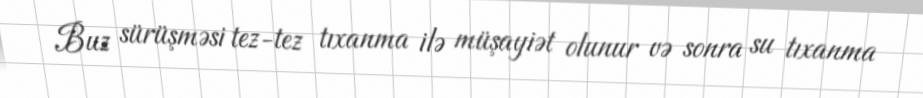
Buz sürüşməsi tez-tez tıxanma ilə müşayiət olunur və sonra su tıxanma